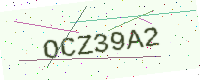
Text: OCZ39A2